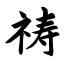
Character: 祷